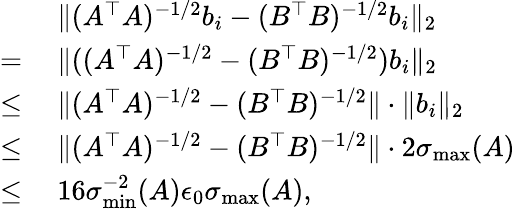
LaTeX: \begin{array}{rl}&{~\| (A^{\top}A)^{-1/2}b_{i}-(B^{\top}B)^{-1/2}b_{i}\| _{2}}\\ {=}&{~\| ((A^{\top}A)^{-1/2}-(B^{\top}B)^{-1/2})b_{i}\| _{2}}\\ {\leq}&{~\| (A^{\top}A)^{-1/2}-(B^{\top}B)^{-1/2}\| \cdot\| b_{i}\| _{2}}\\ {\leq}&{~\| (A^{\top}A)^{-1/2}-(B^{\top}B)^{-1/2}\| \cdot 2\sigma_{\operatorname*{max}}(A)}\\ {\leq}&{~16\sigma_{\operatorname*{min}}^{-2}(A)\epsilon_{0}\sigma_{\operatorname*{max}}(A),}\end{array}